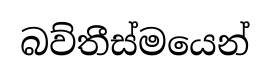
බව්තීස්මයෙන්